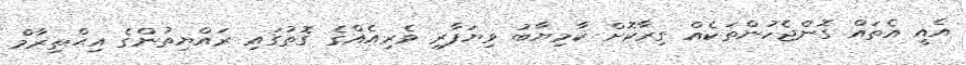
އެއީ އެތައް ގޮންޖެހުންތަކެއް ގިރާކޮށް ކާމިޔާބު ވިޔަފާރި ވެރިއެއްގެ ގޮތުގައި ރައްޔިތުންގެ އިޙްތިރާމް